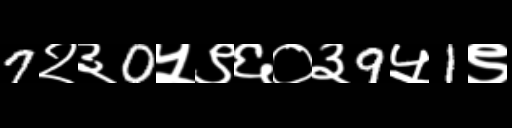
Text: 7२३0५९६०३9५1९